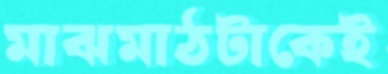
মাঝমাঠটাকেই